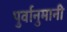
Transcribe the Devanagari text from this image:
पुर्वानुमानी